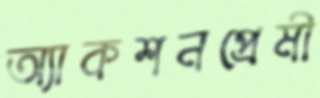
অ্যাকশনপ্রেমী